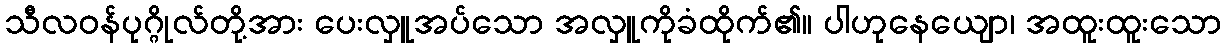
သီလဝန်ပုဂ္ဂိုလ်တို့အား ပေးလှူအပ်သော အလှူကိုခံထိုက်၏။ ပါဟုနေယျော၊ အထူးထူးသော